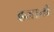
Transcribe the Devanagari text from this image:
हलानी